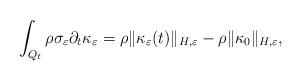
LaTeX: \begin{align*}\int_{Q_t} \rho \sigma_{\varepsilon} \partial_t\kappa_{\varepsilon}= \rho \| \kappa_{\varepsilon} (t) \|_{H, \varepsilon} - \rho \| \kappa_0 \|_{H, \varepsilon},\end{align*}